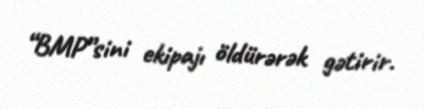
“BMP”sini ekipajı öldürərək gətirir.